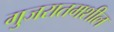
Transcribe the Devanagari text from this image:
गुजरातमशील